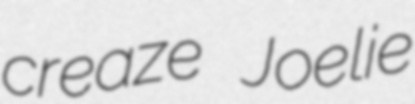
creaze Joelie